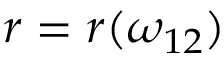
r = r ( \omega _ { 1 2 } )